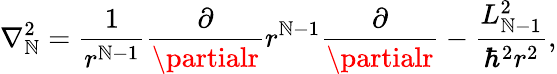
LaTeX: \nabla_{\mathbb{N}}^{2}=\frac{{1}}{{r^{\mathbb{N}-1}}}\frac{{\partial}}{{\partialr}}r^{\mathbb{N}-1}\frac{{\partial}}{{\partialr}}-\frac{{L_{\mathbb{N}-1}^{2}}}{{\hbar^{2}r^{2}}},